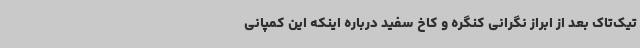
تیک‌تاک بعد از ابراز نگرانی کنگره و کاخ سفید درباره اینکه این کمپانی